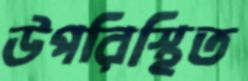
উপরিস্থিত